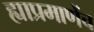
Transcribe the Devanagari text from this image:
ह्याप्रमाणेंच